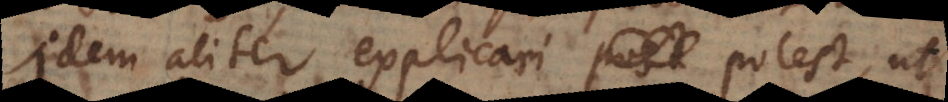
Idem aliter explicari potest, ut